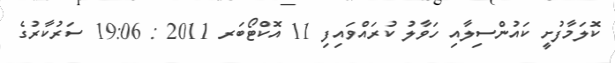
ކޮލަމާފުށީ ކައުންސިލާއި ހަވާލު ކުރައްވައިފި 11 އޮކްޓޯބަރ 2011 : 19:06 ސަރުކާރުގެ